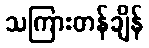
သကြားတန်ချိန်